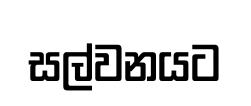
සල්වනයට